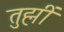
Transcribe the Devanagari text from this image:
तुह्मीं